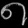
Digit: ၈